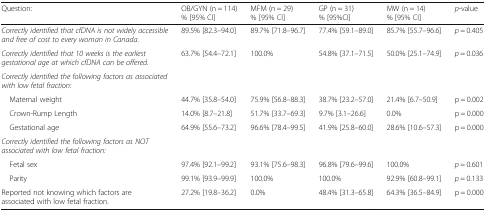
| Question: | OB/GYN (n = 114)% [95% CI] | MFM (n = 29)% [95% CI] | GP (n = 31)% [95%CI] | MW (n = 14)% [95% CI] | p-value |
 | --- | --- | --- | --- | --- | --- |
 | Correctly identified that cfDNA is not widely accessible and free of cost to every woman in Canada. | 89.5% [82.3–94.0] | 89.7% [71.8–96.7] | 77.4% [59.1–89.0] | 85.7% [55.7–96.6] | p = 0.405 |
 | Correctly identified that 10 weeks is the earliest gestational age at which cfDNA can be offered. | 63.7% [54.4–72.1] | 100.0% | 54.8% [37.1–71.5] | 50.0% [25.1–74.9] | p = 0.036 |
 | <COLSPAN=6> Correctly identified the following factors as associated with low fetal fraction: |
 | Maternal weight | 44.7% [35.8–54.0] | 75.9% [56.8–88.3] | 38.7% [23.2–57.0] | 21.4% [6.7–50.9] | p = 0.002 |
 | Crown-Rump Length | 14.0% [8.7–21.8] | 51.7% [33.7–69.3] | 9.7% [3.1–26.6] | 0.0% | p = 0.000 |
 | Gestational age | 64.9% [55.6–73.2] | 96.6% [78.4–99.5] | 41.9% [25.8–60.0] | 28.6% [10.6–57.3] | p = 0.000 |
 | <COLSPAN=6> Correctly identified the following factors as NOT associated with low fetal fraction: |
 | Fetal sex | 97.4% [92.1–99.2] | 93.1% [75.6–98.3] | 96.8% [79.6–99.6] | 100.0% | p = 0.601 |
 | Parity | 99.1% [93.9–99.9] | 100.0% | 100.0% | 92.9% [60.8–99.1] | p = 0.133 |
 | Reported not knowing which factors are associated with low fetal fraction. | 27.2% [19.8–36.2] | 0.0% | 48.4% [31.3–65.8] | 64.3% [36.5–84.9] | p = 0.000 |